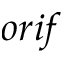
o r i f